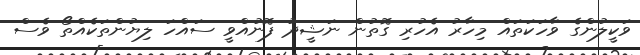
ވަކީލުންގެ ވާހަކަތައް މިހާރު އެހުރި ގޮތުން ނަޝީދު ފޮނުއްވީ ސައްހަ ލިޔުންތަކެއްތޯ ވެސް